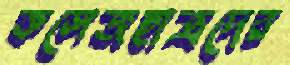
কলেজছাত্রদের